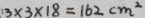
3 \times 3 \times 1 8 = 1 6 2 c m ^ { 2 }